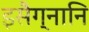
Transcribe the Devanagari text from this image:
इसैग्नानि